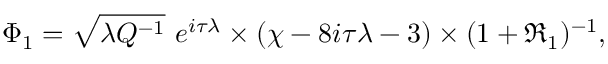
\Phi _ { 1 } = \sqrt { \lambda Q ^ { - 1 } } ~ e ^ { i \tau \lambda } \times ( \chi - 8 i \tau \lambda - 3 ) \times ( 1 + \Re _ { 1 } ) ^ { - 1 } ,